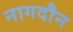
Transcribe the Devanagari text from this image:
नागदौन